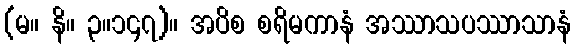
(မ။ နိ။ ၃။၁၄၇)။ အပိစ စရိမကာနံ အဿာသပဿာသာနံ